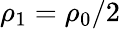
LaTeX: \rho_{1}=\rho_{0}/2